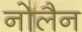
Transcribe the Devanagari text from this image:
नोलैन